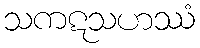
သကဋသဟဿံ